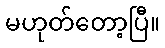
မဟုတ်တော့ပြီ။